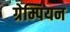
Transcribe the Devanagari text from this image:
ग्रेम्पियन